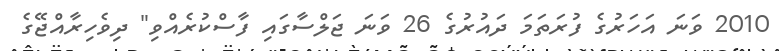
2010 ވަނަ އަހަރުގެ ފުރަތަމަ ދައުރުގެ 26 ވަނަ ޖަލްސާގައި ފާސްކުރެއްވި" ދިވެހިރާއްޖޭގެ